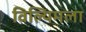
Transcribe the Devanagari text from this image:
विल्यिमला